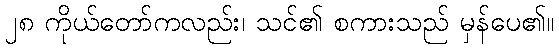
၂၈ ကိုယ်တော်ကလည်း၊ သင်၏ စကားသည် မှန်ပေ၏။